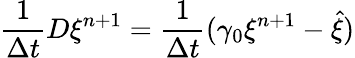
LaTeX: \frac{1}{\Delta t}D\xi^{n+1}=\frac{1}{\Delta t}(\gamma_{0}\xi^{n+1}-\hat{\xi})